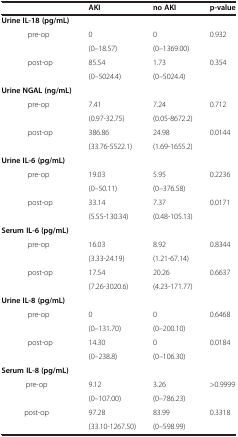
|  | AKI | no AKI | p-value |
 | --- | --- | --- | --- |
 | Urine IL-18 (pg/mL) |  |  |  |
 | <ROWSPAN=2> pre-op | 0 | 0 | <ROWSPAN=2> 0.932 |
 | (0–18.57) | (0–1369.00) |
 | <ROWSPAN=2> post-op | 85.54 | 1.73 | <ROWSPAN=2> 0.354 |
 | (0–5024.4) | (0–5024.4) |
 | Urine NGAL (ng/mL) |  |  |  |
 | <ROWSPAN=2> pre-op | 7.41 | 7.24 | <ROWSPAN=2> 0.712 |
 | (0.97-32.75) | (0.05-8672.2) |
 | <ROWSPAN=2> post-op | 386.86 | 24.98 | <ROWSPAN=2> 0.0144 |
 | (33.76-5522.1) | (1.69-1655.2) |
 | Urine IL-6 (pg/mL) |  |  |  |
 | <ROWSPAN=2> pre-op | 19.03 | 5.95 | <ROWSPAN=2> 0.2236 |
 | (0–50.11) | (0–376.58) |
 | <ROWSPAN=2> post-op | 33.14 | 7.37 | <ROWSPAN=2> 0.0171 |
 | (5.55-130.34) | (0.48-105.13) |
 | Serum IL-6 (pg/mL) |  |  |  |
 | <ROWSPAN=2> pre-op | 16.03 | 8.92 | <ROWSPAN=2> 0.8344 |
 | (3.33-24.19) | (1.21-67.14) |
 | <ROWSPAN=2> post-op | 17.54 | 20.26 | <ROWSPAN=2> 0.6637 |
 | (7.26-3020.6) | (4.23-171.77) |
 | Urine IL-8 (pg/mL) |  |  |  |
 | <ROWSPAN=2> pre-op | 0 | 0 | <ROWSPAN=2> 0.6468 |
 | (0–131.70) | (0–200.10) |
 | <ROWSPAN=2> post-op | 14.30 | 0 | <ROWSPAN=2> 0.0184 |
 | (0–238.8) | (0–106.30) |
 | Serum IL-8 (pg/mL) |  |  |  |
 | <ROWSPAN=2> pre-op | 9.12 | 3.26 | <ROWSPAN=2> >0.9999 |
 | (0–107.00) | (0–786.23) |
 | <ROWSPAN=2> post-op | 97.28 | 83.99 | <ROWSPAN=2> 0.3318 |
 | (33.10-1267.50) | (0–598.99) |